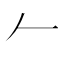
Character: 𠂉